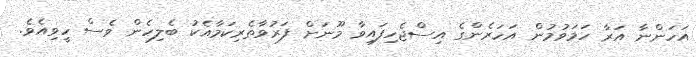
އަހަންނާ އަރާ ހަމަވުމުން އަހަރެންގެ އިސްޖެހިފައިވާ މޫނަށް ފަރުވާތެރިކަމާއެކު ބެލިހެން ވެސް ހީވިއެވެ.